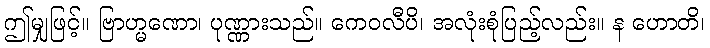
ဤမျှဖြင့်။ ဗြာဟ္မဏော၊ ပုဏ္ဏားသည်။ ကေဝလီပိ၊ အလုံးစုံပြည့်လည်း။ န ဟောတိ၊